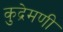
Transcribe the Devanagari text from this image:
कुद्रेमणी